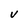
Character: V